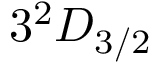
3 ^ { 2 } D _ { 3 / 2 }